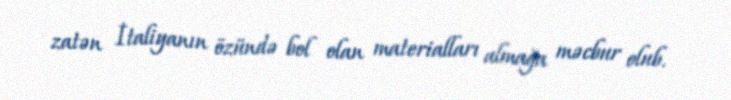
zatən İtaliyanın özündə bol olan materialları almağa məcbur olub.